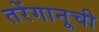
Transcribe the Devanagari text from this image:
तरेंगानूची